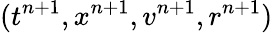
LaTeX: (t^{n+1},x^{n+1},v^{n+1},r^{n+1})